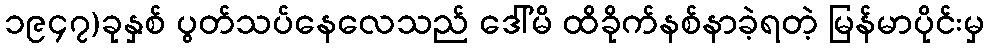
၁၉၄၇)ခုနှစ် ပွတ်သပ်နေလေသည် ဒေါ်မိ ထိခိုက်နစ်နာခဲ့ရတဲ့ မြန်မာပိုင်းမှ